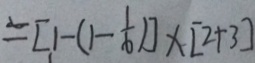
= [ 1 - ( 1 - \frac { 1 } { 6 } ) ] \times [ 2 + 3 ]